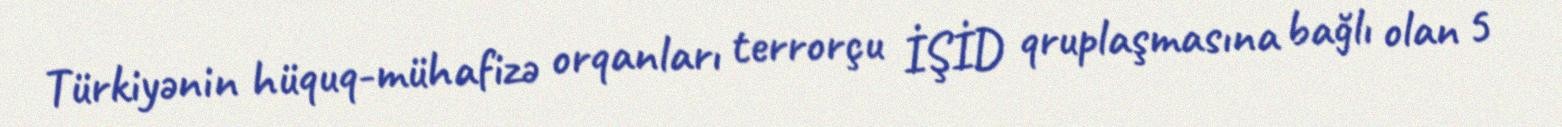
Türkiyənin hüquq-mühafizə orqanları terrorçu İŞİD qruplaşmasına bağlı olan 5